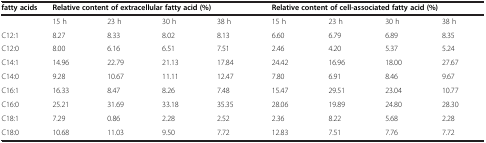
<table><thead><tr><td><b>fatty acids</b></td><td colspan="4"><b>Relative content of extracellular fatty acid (%)</b></td><td colspan="4"><b>Relative content of cell-associated fatty acid (%)</b></td></tr></thead><tbody><tr><td> </td><td>15 h</td><td>23 h</td><td>30 h</td><td>38 h</td><td>15 h</td><td>23 h</td><td>30 h</td><td>38 h</td></tr><tr><td>C12:1</td><td>8.27</td><td>8.33</td><td>8.02</td><td>8.13</td><td>6.60</td><td>6.79</td><td>6.89</td><td>8.35</td></tr><tr><td>C12:0</td><td>8.00</td><td>6.16</td><td>6.51</td><td>7.51</td><td>2.46</td><td>4.20</td><td>5.37</td><td>5.24</td></tr><tr><td>C14:1</td><td>14.96</td><td>22.79</td><td>21.13</td><td>17.84</td><td>24.42</td><td>16.96</td><td>18.00</td><td>27.67</td></tr><tr><td>C14:0</td><td>9.28</td><td>10.67</td><td>11.11</td><td>12.47</td><td>7.80</td><td>6.91</td><td>8.46</td><td>9.67</td></tr><tr><td>C16:1</td><td>16.33</td><td>8.47</td><td>8.26</td><td>7.48</td><td>15.47</td><td>29.51</td><td>23.04</td><td>10.77</td></tr><tr><td>C16:0</td><td>25.21</td><td>31.69</td><td>33.18</td><td>35.35</td><td>28.06</td><td>19.89</td><td>24.80</td><td>28.30</td></tr><tr><td>C18:1</td><td>7.29</td><td>0.86</td><td>2.28</td><td>2.52</td><td>2.36</td><td>8.22</td><td>5.68</td><td>2.28</td></tr><tr><td>C18:0</td><td>10.68</td><td>11.03</td><td>9.50</td><td>7.72</td><td>12.83</td><td>7.51</td><td>7.76</td><td>7.72</td></tr></tbody></table>